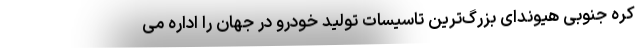
کره جنوبی هیوندای بزرگ‌ترین تاسیسات تولید خودرو در جهان را اداره می